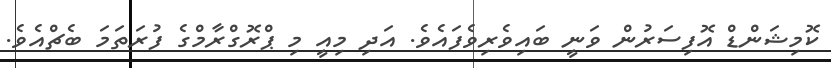
ކޮމިޝަންޑް އޮފިސަރުން ވަނީ ބައިވެރިވެފައެވެ. އަދި މިއީ މި ޕްރޮގްރާމްގެ ފުރަތަމަ ބެޗްއެވެ.